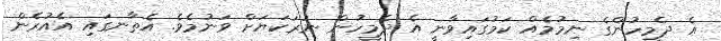
އެ ދެމީހުންގެ ނިމުމެއް ކަމުގައިވާނީ އެ ދެމީހުން ނަރަކަޔަށް ވަނުމެވެ. އެތާނގައި އެއުރެން